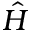
\hat { H }